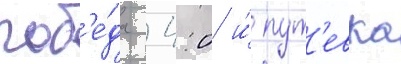
поб'е́да 4:0 и́ пут'евка